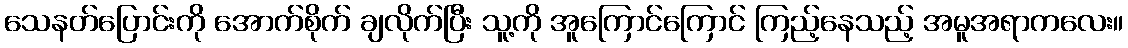
သေနတ်ပြောင်းကို အောက်စိုက် ချလိုက်ပြီး သူ့ကို အူကြောင်ကြောင် ကြည့်နေသည့် အမူအရာကလေး။